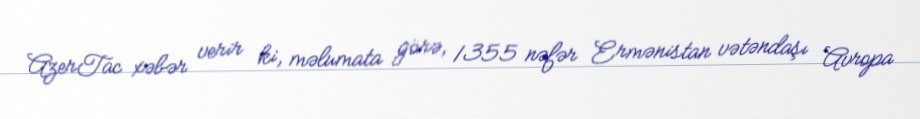
AzerTac xəbər verir ki, məlumata görə, 1355 nəfər Ermənistan vətəndaşı Avropa